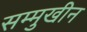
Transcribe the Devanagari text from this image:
सम्मुखीन